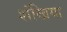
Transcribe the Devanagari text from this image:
शंखिया